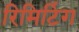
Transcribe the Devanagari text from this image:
रिमिटिंग